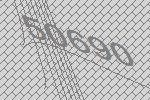
50690